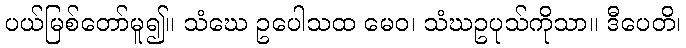
ပယ်မြစ်တော်မူ၍။ သံဃေ ဥပေါသထ မေဝ၊ သံဃဥပုသ်ကိုသာ။ ဒီပေတိ၊